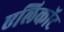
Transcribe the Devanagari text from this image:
एलिकॉट